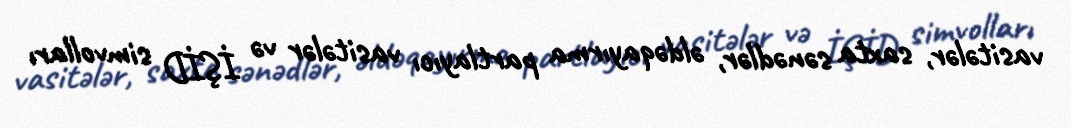
vasitələr, saxta sənədlər, əldəqayırma partlayıcı vasitələr və İŞİD simvolları